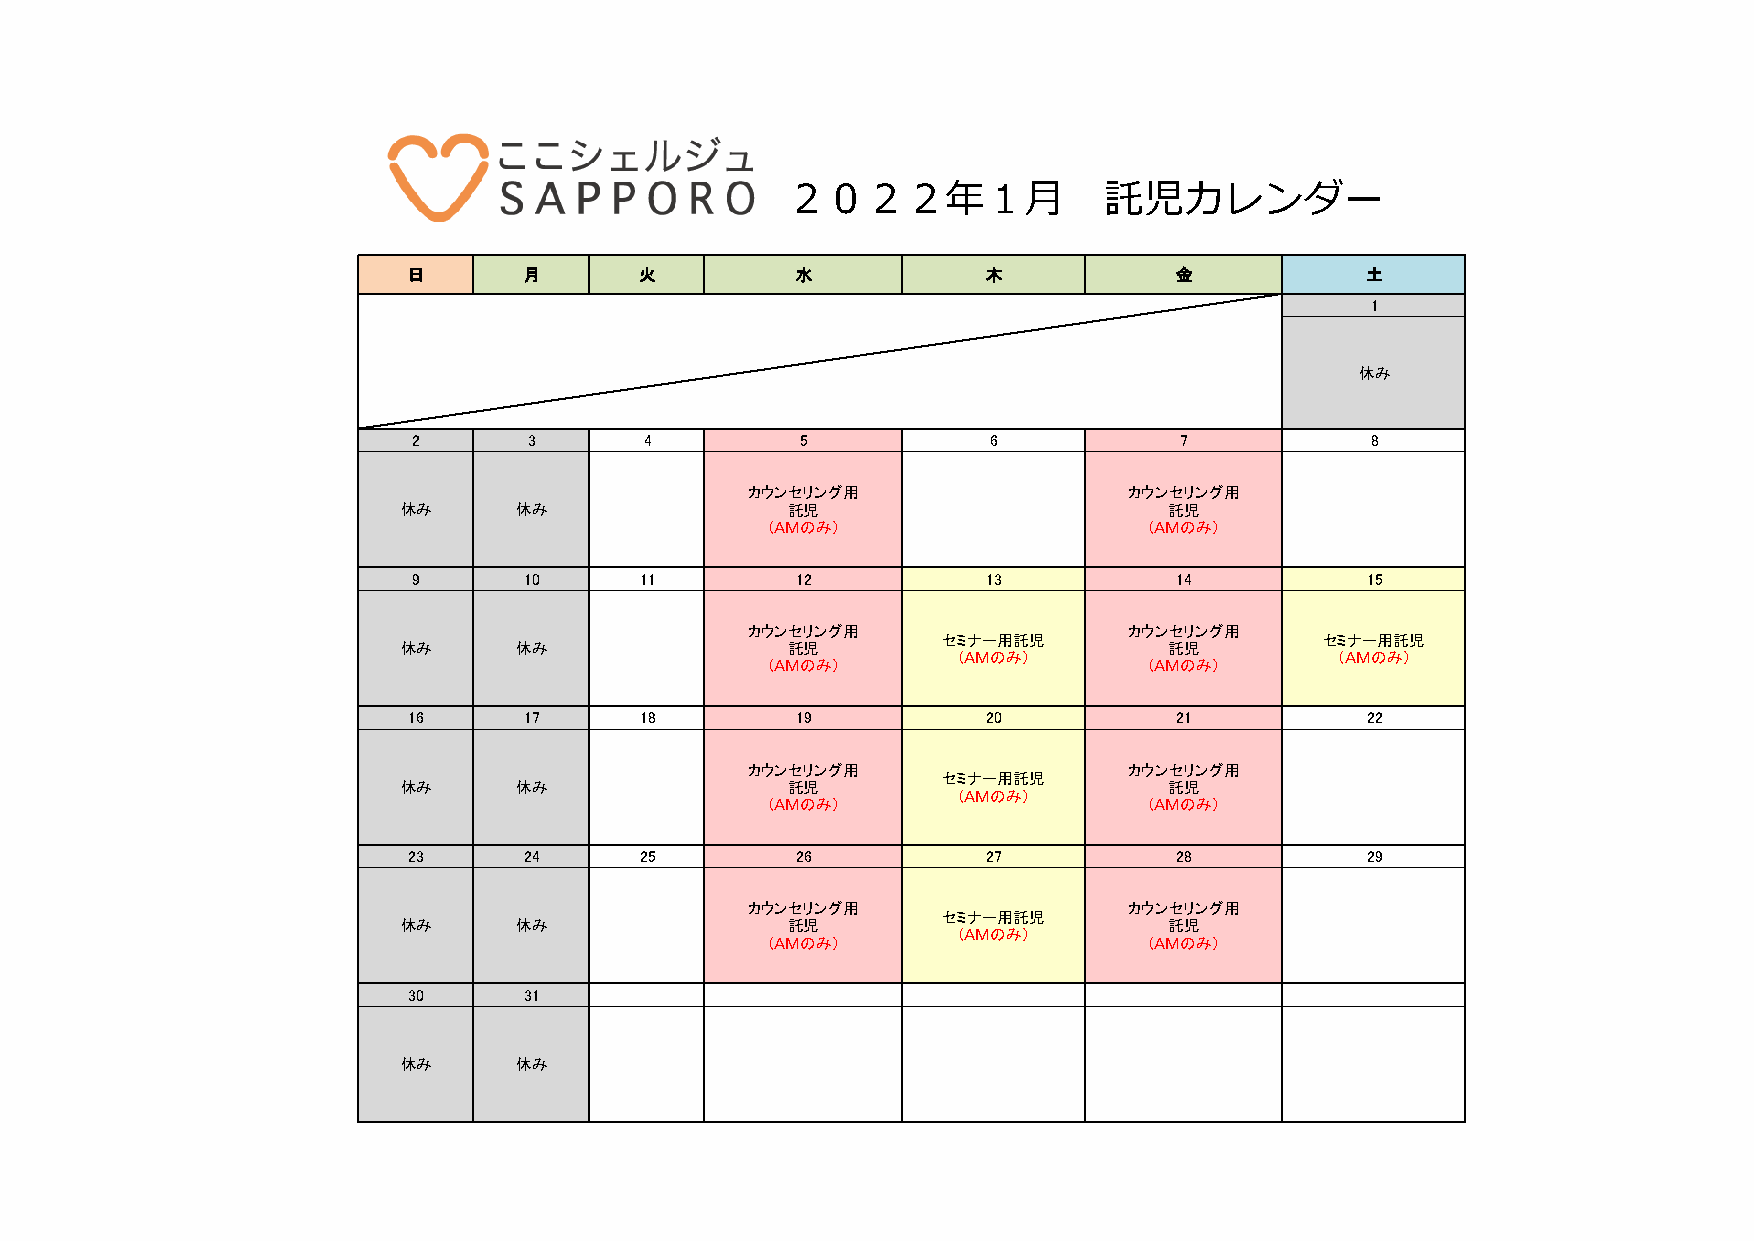
２０２２年１月              託児カレンダー
 日       月      火          水           木            金           土
 1
 休み
 2       3       4         5            6           7            8
 カウンセリング用                  カウンセリング用
 休み     休み                託児                       託児
 （ＡＭのみ）                   （ＡＭのみ）
 9       10     11         12          13           14          15
 カウンセリング用                  カウンセリング用
 セミナー用託児                   セミナー用託児
 休み     休み                託児                       託児
 （ＡＭのみ）                    （ＡＭのみ）
 （ＡＭのみ）                   （ＡＭのみ）
 16      17     18         19          20           21          22
 カウンセリング用                  カウンセリング用
 セミナー用託児
 休み     休み                託児                       託児
 （ＡＭのみ）
 （ＡＭのみ）                   （ＡＭのみ）
 23      24     25         26          27           28          29
 カウンセリング用                  カウンセリング用
 セミナー用託児
 休み     休み                託児                       託児
 （ＡＭのみ）
 （ＡＭのみ）                   （ＡＭのみ）
 30      31
 休み     休み